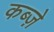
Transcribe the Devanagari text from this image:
कब्‍ज़े